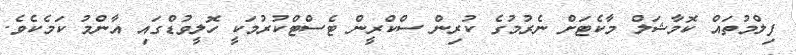
ފިލްމުތައް ކޮމާޝަލް މާކެޓަށް ނެރުމުގެ ކުރިން ސްކްރީން ޓެސްޓްކުރުމަކީ ހޮލީވުޑްގައި އާންމު ކަމެކެވެ.